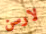
لارسن